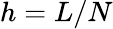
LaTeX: h=L/N